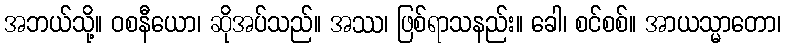
အဘယ်သို့။ ဝစနီယော၊ ဆိုအပ်သည်။ အဿ၊ ဖြစ်ရာသနည်း။ ခေါ၊ စင်စစ်။ အာယသ္မာတော၊